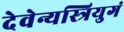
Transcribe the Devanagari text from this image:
देवेन्यस्त्रियुगं